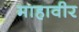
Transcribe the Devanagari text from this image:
माहावीर